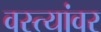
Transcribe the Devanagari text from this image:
वस्त्यांवर